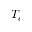
T _ { e }